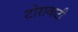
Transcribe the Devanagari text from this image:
टोरावाटी